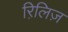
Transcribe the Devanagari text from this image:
रिलि़ज़